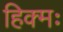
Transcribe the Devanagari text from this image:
हिक्मः